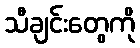
သီချင်းတွေကို